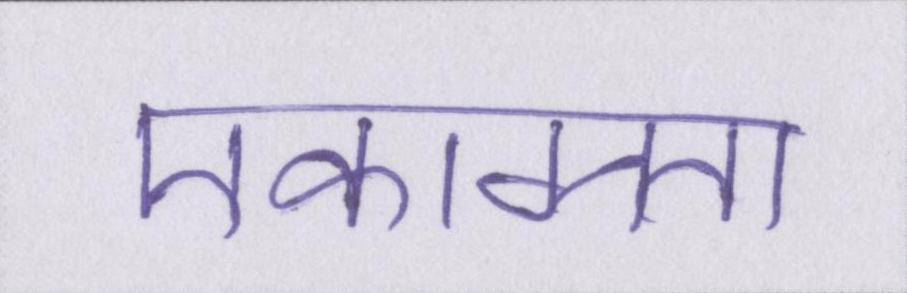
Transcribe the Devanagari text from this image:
एकाग्रता